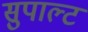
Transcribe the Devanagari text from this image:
सुपाल्ट